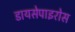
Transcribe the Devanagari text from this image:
डायसेपाइरोस